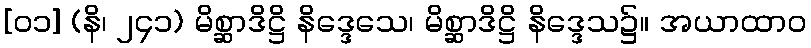
[၀၁] (နိ၊ ၂၄၁) မိစ္ဆာဒိဋ္ဌိ နိဒ္ဒေသေ၊ မိစ္ဆာဒိဋ္ဌိ နိဒ္ဒေသ၌။ အယာထာဝ